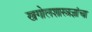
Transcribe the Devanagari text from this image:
खगोलशास्त्रज्ञांचा